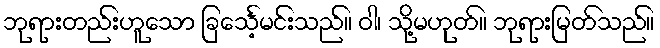
ဘုရားတည်းဟူသော ခြင်္သေ့မင်းသည်။ ဝါ၊ သို့မဟုတ်။ ဘုရားမြတ်သည်။